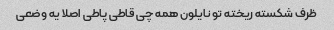
ظرف شکسته ریخته تو نایلون همه چی قاطی پاطی اصلا یه وضعی